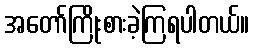
အတော်ကြိုးစားခဲ့ကြရပါတယ်။